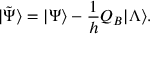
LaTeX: | \tilde { \Psi } \rangle = | \Psi \rangle - \frac { 1 } { h } Q _ { B } | \Lambda \rangle .